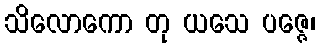
သိလောကော တု ယသေ ပဇ္ဇေ၊